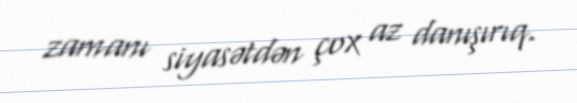
zamanı siyasətdən çox az danışırıq.